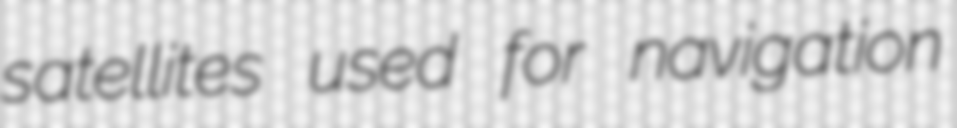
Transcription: satellites used for navigation